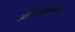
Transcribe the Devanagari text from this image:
अभिव्यक्तात्मकता